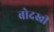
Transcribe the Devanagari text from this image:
बोदखी